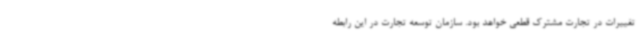
تغییرات در تجارت مشترک قطعی خواهد بود. سازمان توسعه تجارت در این رابطه